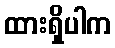
ထားရှိပါက